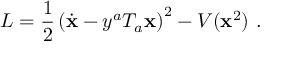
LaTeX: L = \frac { 1 } { 2 } \left( \dot { \bf x } - y ^ { a } T _ { a } { \bf x } \right) ^ { 2 } - V ( { \bf x } ^ { 2 } ) \ .